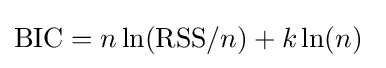
\mathrm {BIC} =n\ln({\text{RSS}}/n)+k\ln(n)\